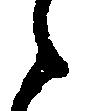
候